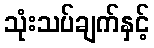
သုံးသပ်ချက်နှင့်